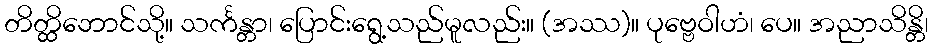
တိတ္ထိဘောင်သို့။ သင်္ကန္တာ၊ ပြောင်းရွေ့သည်မူလည်း။ (အဿ)။ ပုဗ္ဗေဝါဟံ၊ ပေ။ အညာသိန္တိ၊